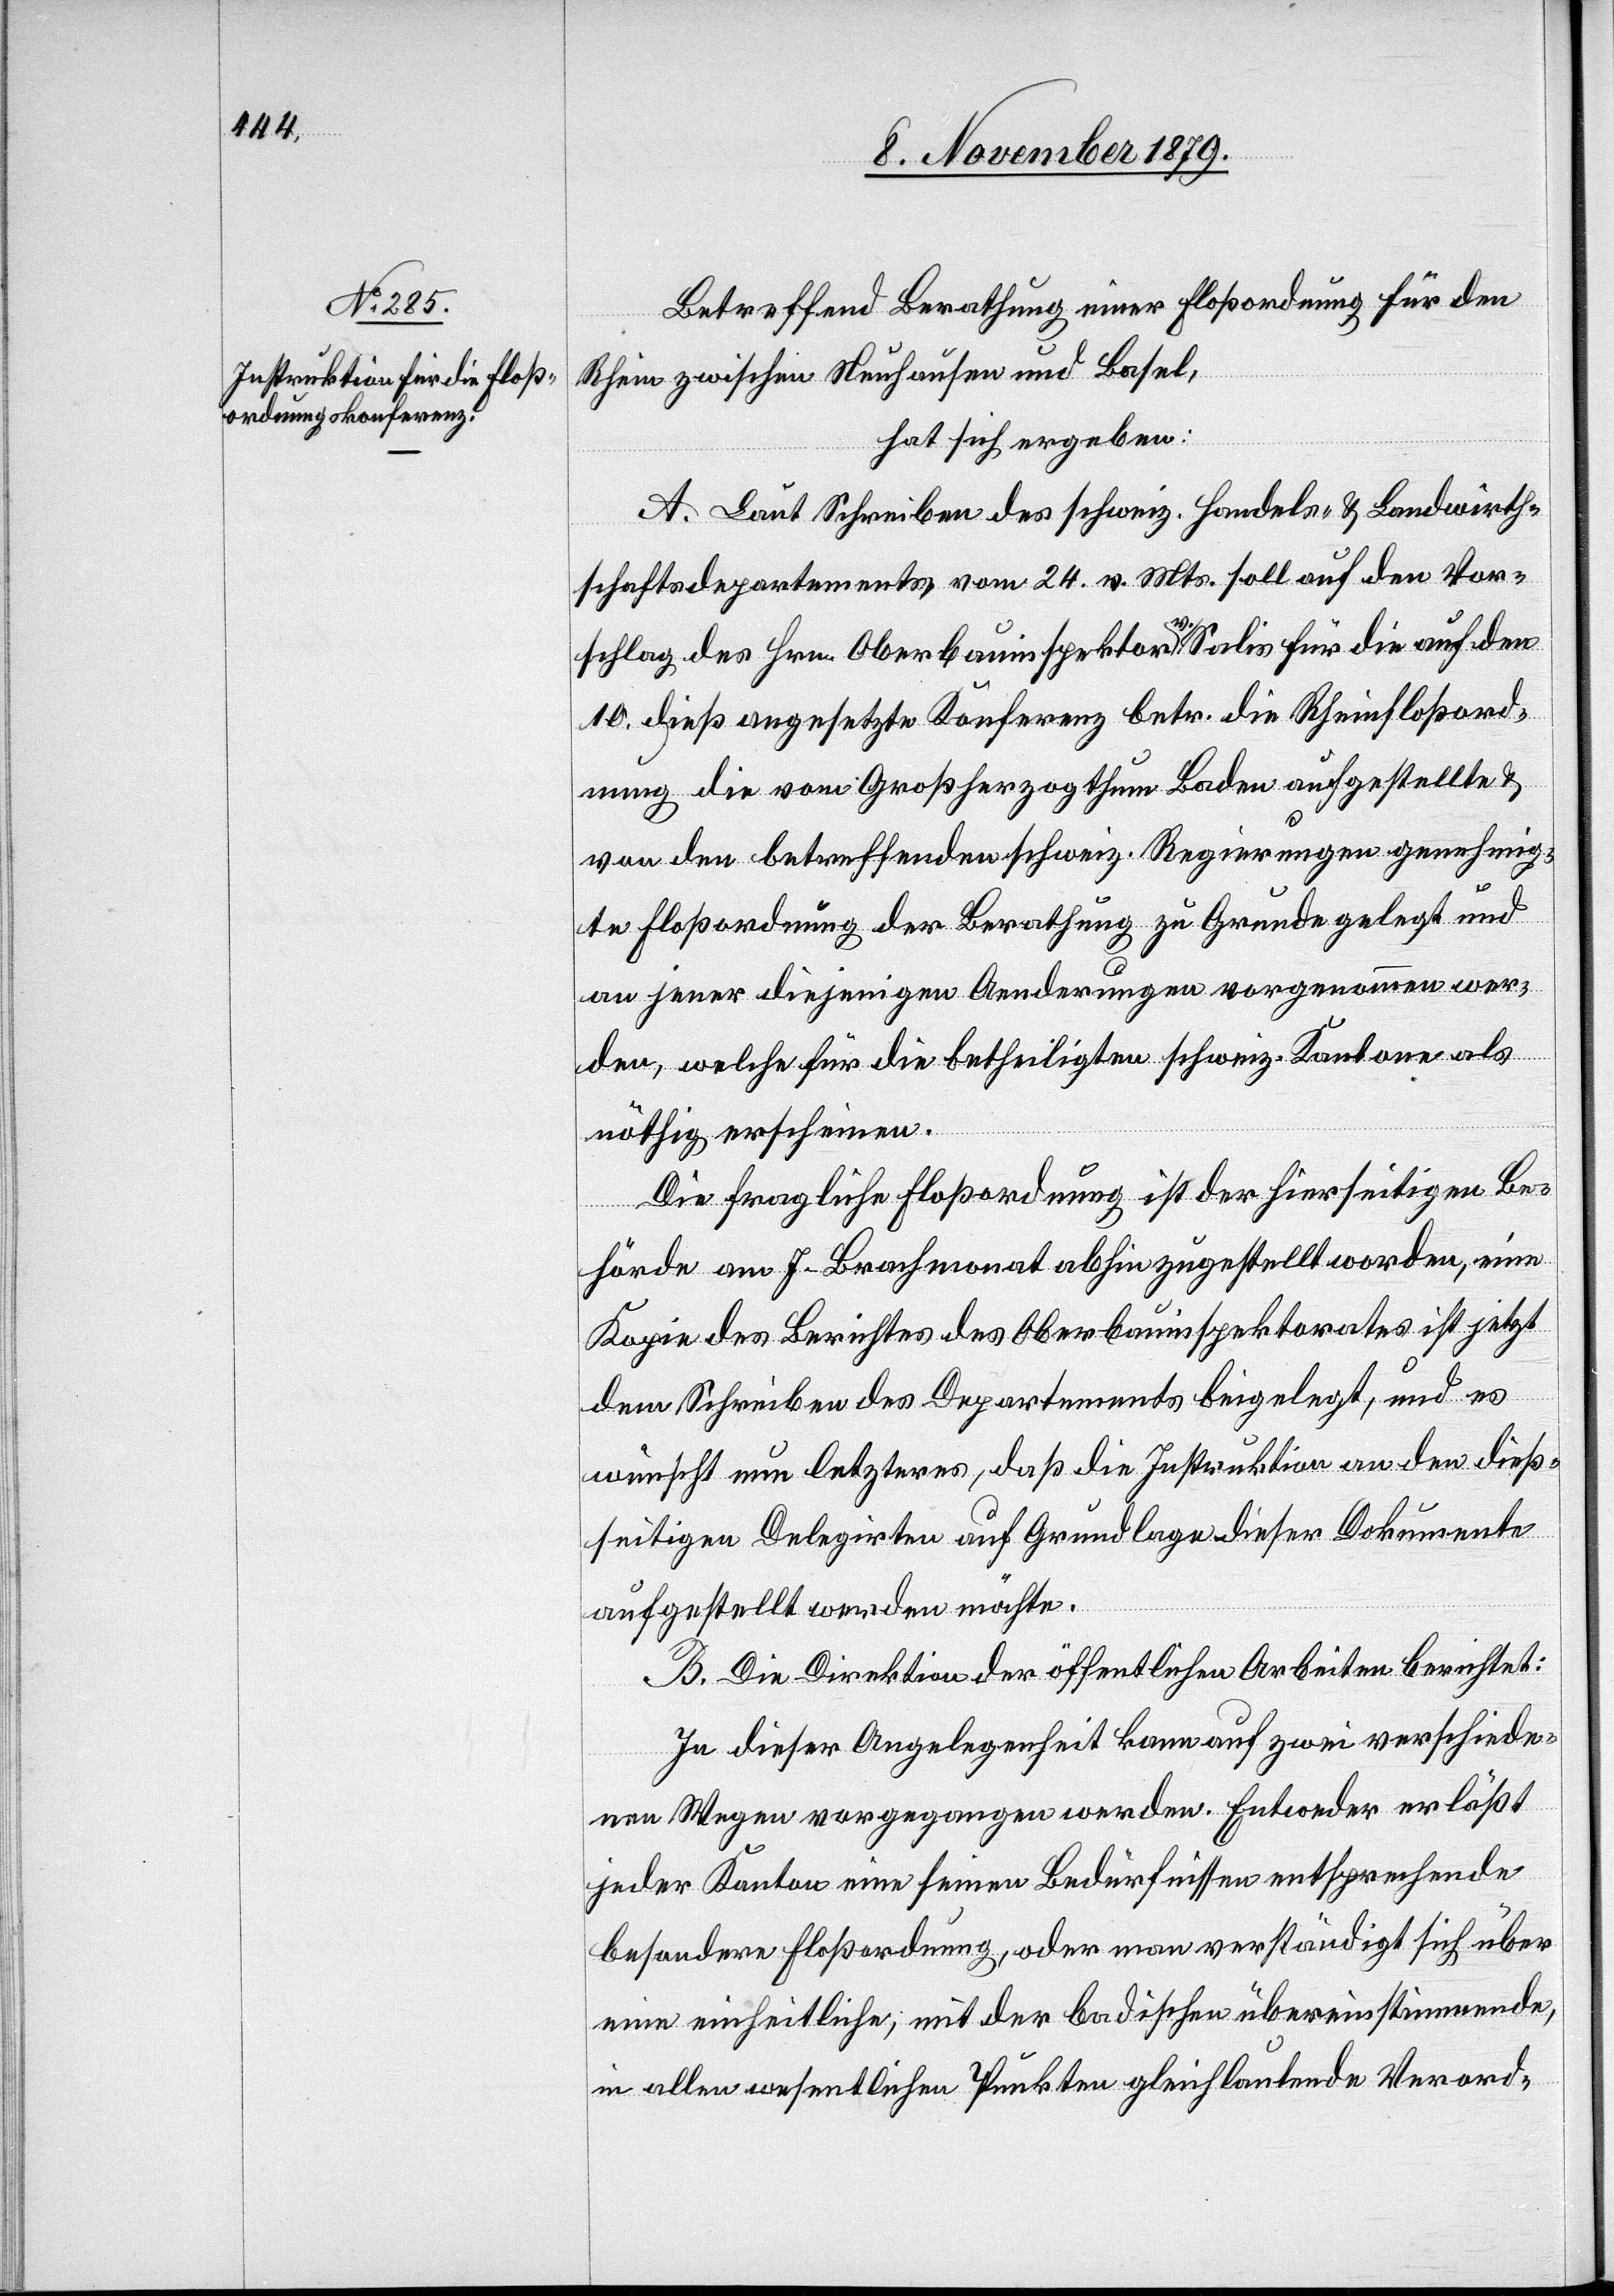
Betreffend Berathung einer Floßordnung für den
Rhein zwischen Neuhausen und Basel,
hat sich ergeben:
A. Laut Schreiben des schweiz. Handels- & Landwirth¬
schaftsdepartements vom 24. v. Mts. soll auf den Vor¬
schlag des Hrn. Oberinspektor v. Salis für die auf den
10. dieß angesetzte Konferenz betr. die Rheinfloßord¬
nung die vom Großherzogtum Baden aufgestellte &
von den betreffenden schweiz. Regierungen genehmig¬
te Floßordnung der Berathung zu Grunde gelegt und
an jener diejenigen Aenderungen vorgenommen wer¬
den, welche für die betheiligten schweiz. Kantone als
nöthig erscheinen.
Die fragliche Floßordnung ist der hierseitigen Be¬
hörde am 7. Heumonat abhin zugestellt worden, eine
Kopie des Berichtes des Oberinspektorates ist jetzt
dem Schreiben des Departements beigelegt, und es
wünscht nun letzteres, daß die Instruktion an den dieß¬
seitigen Delegirten auf Grundlage dieser Dokumente
aufgestellt werden möchte.
B. Die Direktion der öffentlichen Arbeiten berichtet:
In dieser Angelegenheit kann auf zwei verschiede¬
nen Wegen vorgegangen werden. Entweder erläßt
jeder Kanton eine seinen Bedürfnissen entsprechende
besondere Floßordnung, oder man verständigt sich über
eine einheitliche, mit der badischen übereinstimmende,
in allen wesentlichen Punkten gleichlautende Verord-